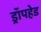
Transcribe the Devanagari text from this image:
ड्रॉपहेड